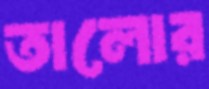
তালোর